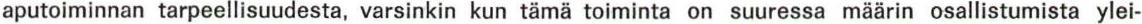
aputoiminnan tarpeellisuudesta, varsinkin kun tämä toiminta on suuressa määrin osallistumista ylei-